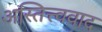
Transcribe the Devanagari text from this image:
अस्तित्त्ववाद